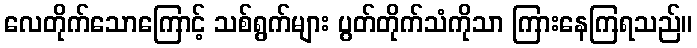
လေတိုက်သောကြောင့် သစ်ရွက်များ ပွတ်တိုက်သံကိုသာ ကြားနေကြရသည်။